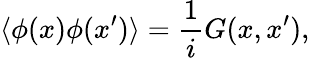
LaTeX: \langle\phi(x)\phi(x^{\prime})\rangle={\frac{1}{i}}G(x,x^{\prime}),